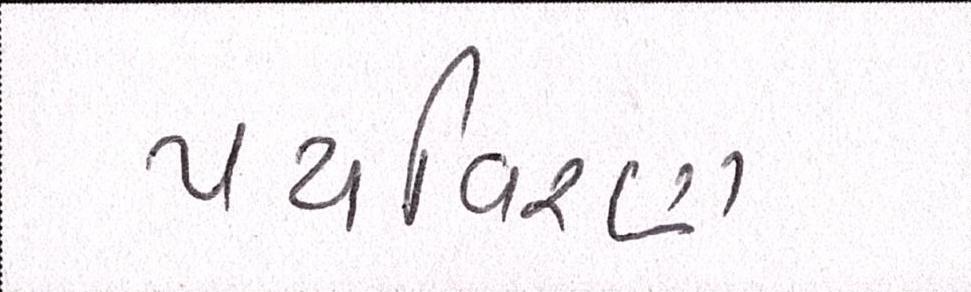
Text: પયર્વિરણ